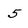
Character: 5